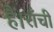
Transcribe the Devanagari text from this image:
हैं।राँची